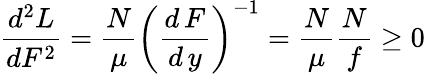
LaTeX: \frac{d^{2}L}{dF^{2}}=\frac{N}{\mu}\left(\frac{d\, F}{d\, y}\right)^{-1}=\frac{N}{\mu}\frac{N}{f}\geq 0